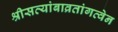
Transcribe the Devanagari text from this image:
श्रीसत्यांबाव्रतांगत्वेन